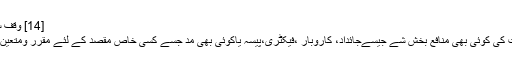
[14] وقف سے مراد :
ذاتی ملکیت کی کوئی بھی منافع بخش شے جیسےجائداد، کاروبار ،فیکٹری،پیسہ یاکوئی بھی مد جسے کسی خاص مقصد کے لئے مقرر ومتعیّن کیا گیا ہو۔